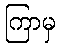
ကြာမှ